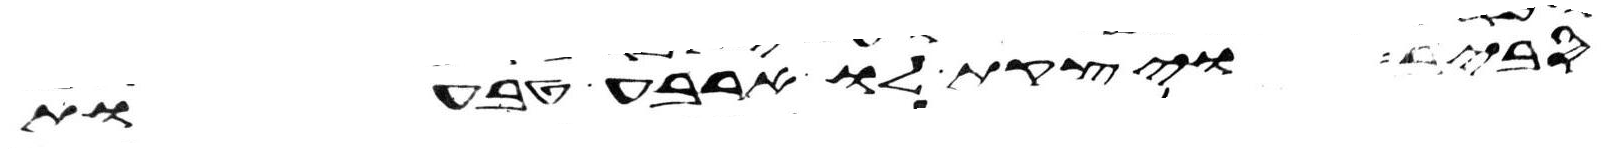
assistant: סביב ויצקת לו ארבע טבעות